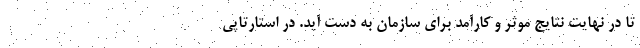
تا در نهایت نتایج موثر و کارآمد برای سازمان به دست آید. در استارتاپی